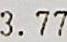
3.77